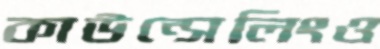
কাউন্সেলিংও